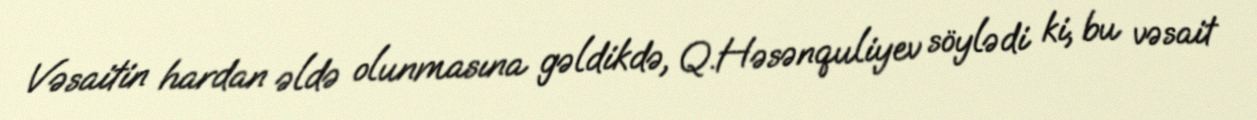
Vəsaitin hardan əldə olunmasına gəldikdə, Q.Həsənquliyev söylədi ki, bu vəsait